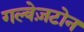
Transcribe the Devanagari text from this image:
गल्वेज़टोन